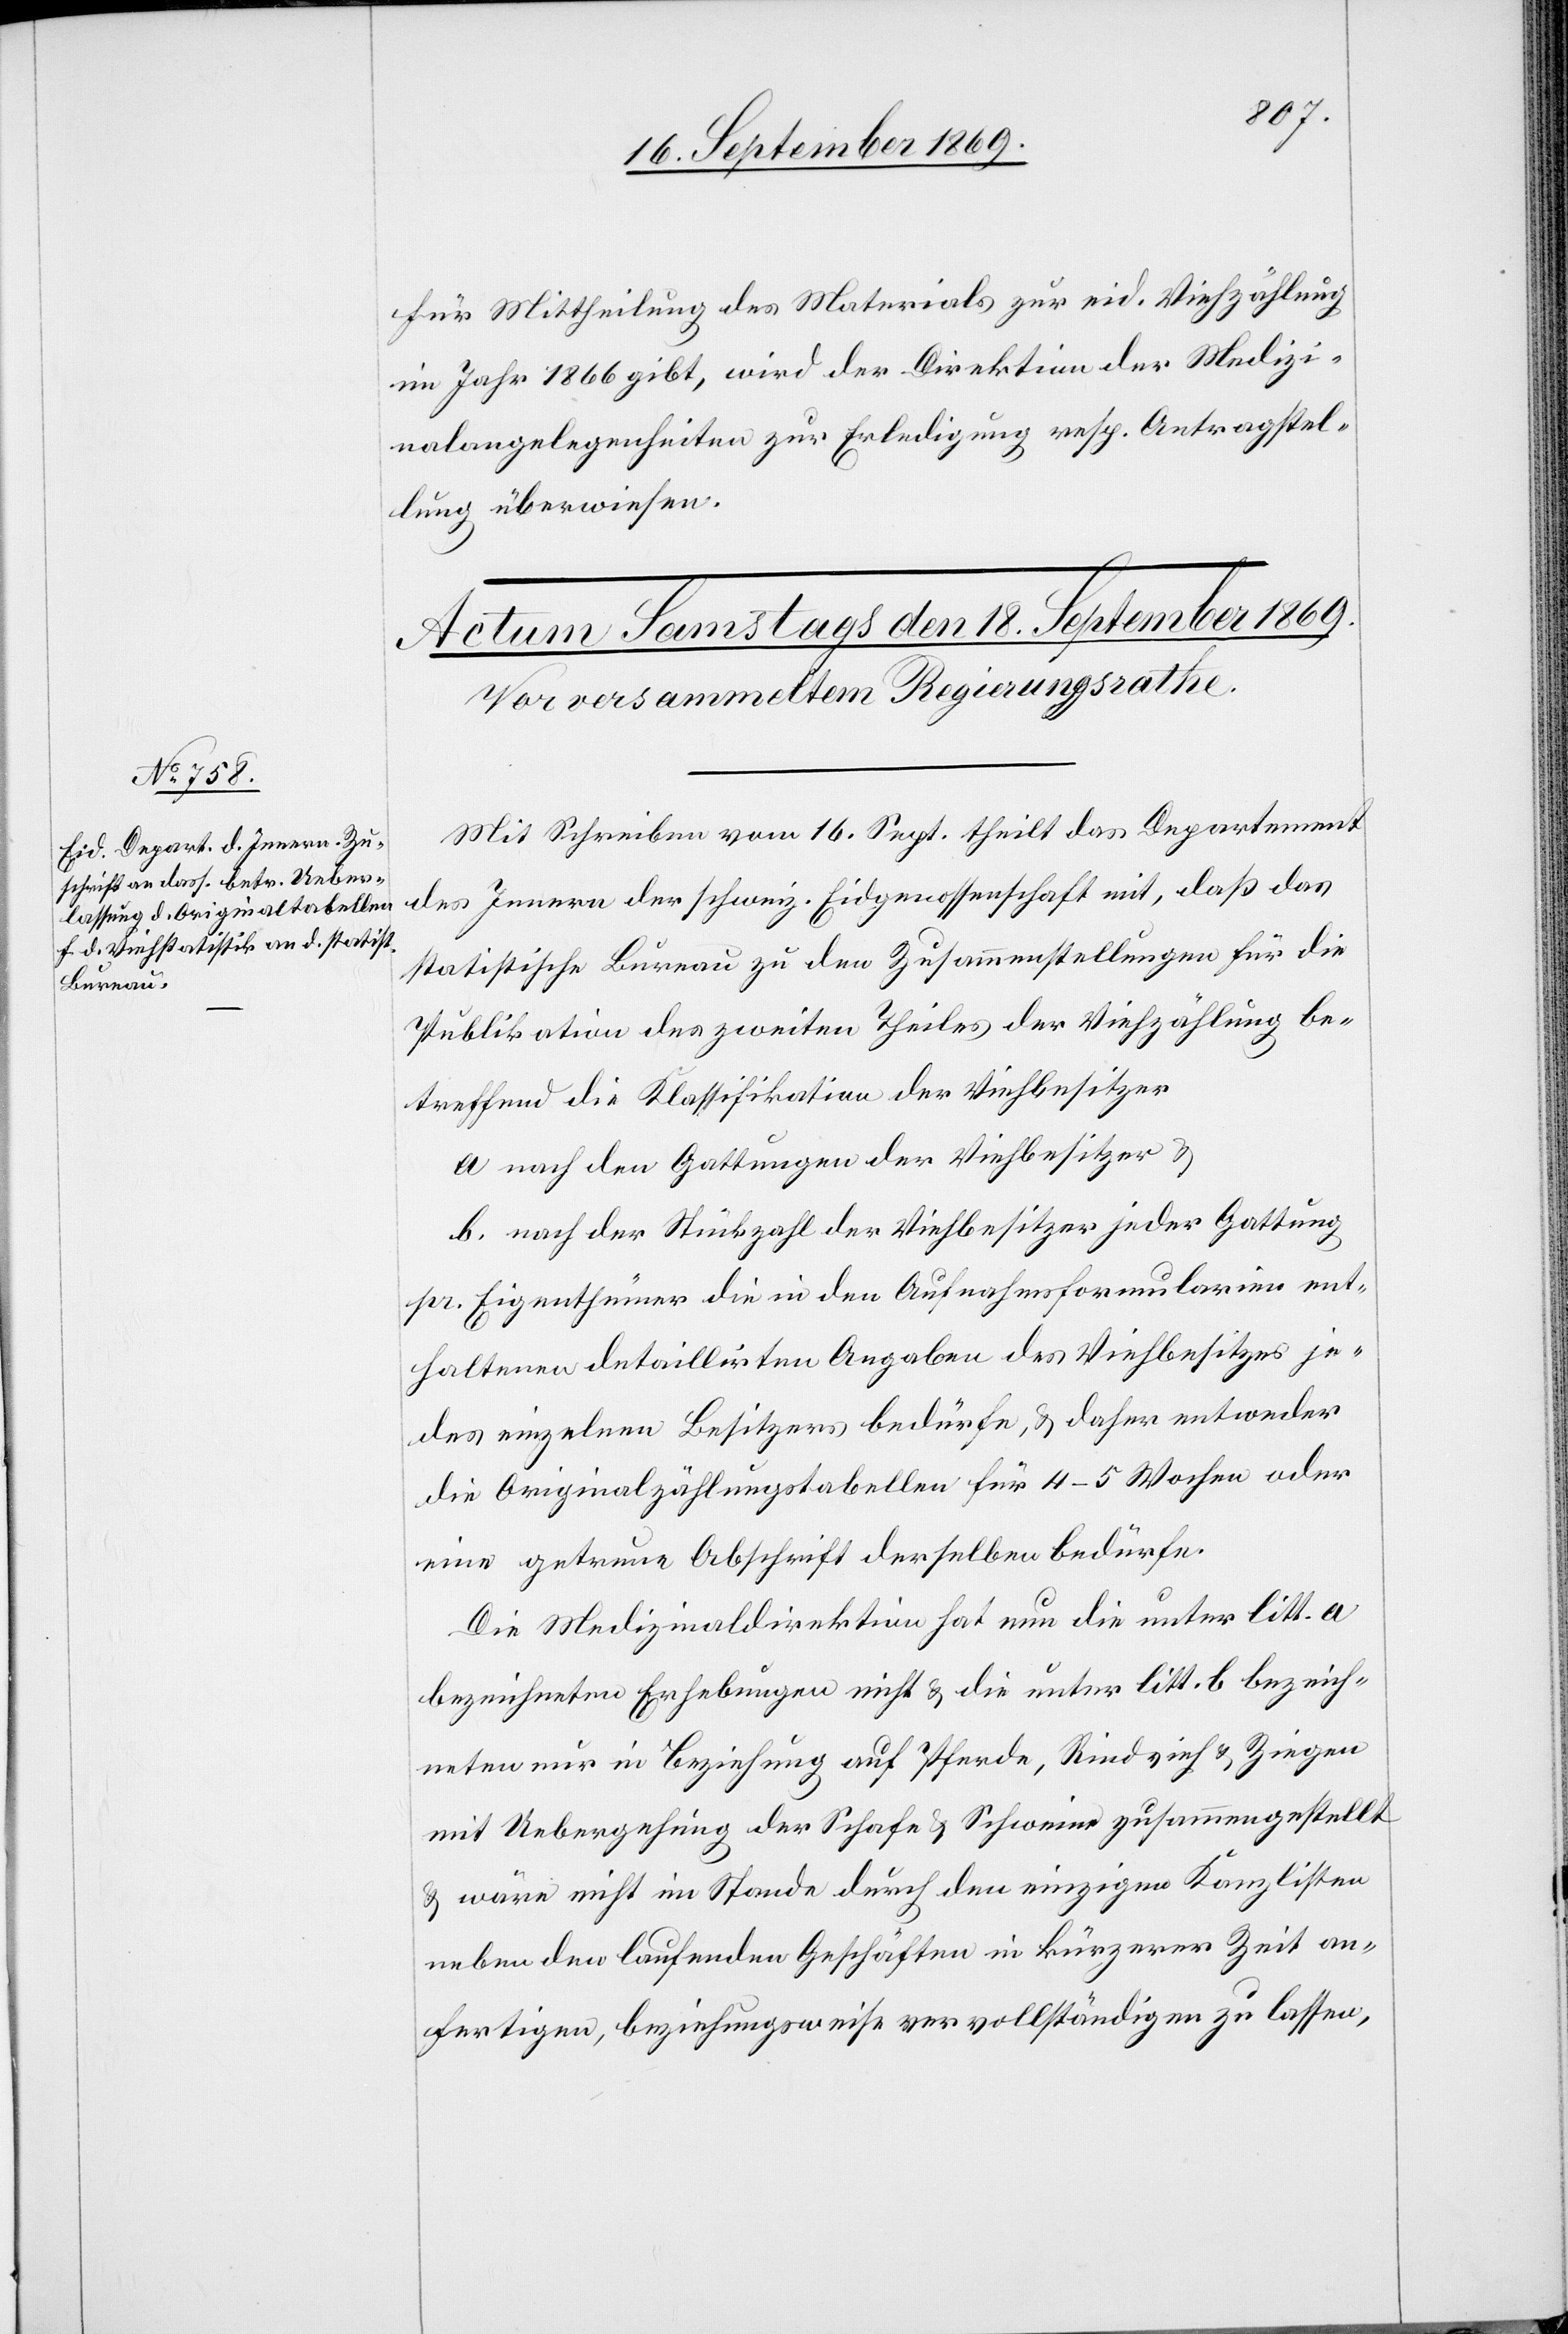
für Mittheilung des Materials zur eid. Viehzählung
im Jahr 1866 gibt, wird der Direktion der Medizi¬
nalangelegenheiten zur Erledigung resp. Antragstel¬
lung überwiesen.
Mit Schreiben vom 16. Sept. theilt das Departement
des Innern der schweiz. Eidgenossenschaft mit, daß das
statistische Bureau zu den Zusammenstellungen für die
Publikation des zweiten Theiles der Viehzählung be¬
treffend die Klassifikation der Viehbesitzer
a. nach den Gattungen der Viehbesitzer &
b. nach der Stückzahl der Viehbesitzer jeder Gattung
pr. Eigenthümer die in den Aufnahmsformularien ent¬
haltenen detaillirten Angaben des Viehbesitzes je¬
des einzelnen Besitzers bedürfe, & daher entweder
die Originalzählungstabellen für 4–5 Wochen oder
eine getreue Abschrift derselben bedürfe.
Die Medizinaldirektion hat nun die unter litt. a
bezeichneten Erhebungen nicht & die unter litt. b bezeich¬
neten nur in Beziehung auf Pferde, Rindvieh & Ziegen
mit Uebergehung der Schafe & Schweine zusammengestellt
& wäre nicht im Stande durch den einzigen Kanzlisten
neben den laufenden Geschäften in kürzerer Zeit an¬
fertigen, beziehungsweise vervollständigen zu lassen,